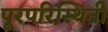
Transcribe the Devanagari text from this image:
पूरपरिस्थिती